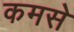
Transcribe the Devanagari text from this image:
कमसे